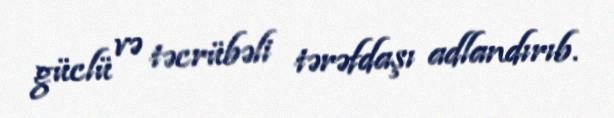
güclü və təcrübəli tərəfdaşı adlandırıb.